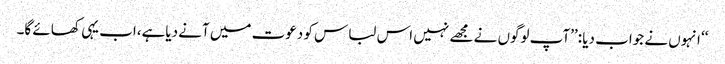
‘‘ انہوں نے جواب دیا :’’آپ لوگوں نے مجھے نہیں اس لباس کو دعوت میں آنے دیاہے،اب یہی کھائے گا۔